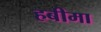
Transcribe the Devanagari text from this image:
हबीमा